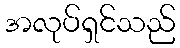
အလုပ်ရှင်သည်